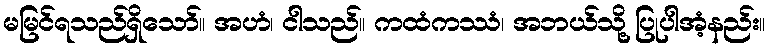
မမြင်ရသည်ရှိသော်။ အဟံ၊ ငါသည်။ ကထံကဿံ၊ အဘယ်သို့ ပြုပါအံ့နည်း။